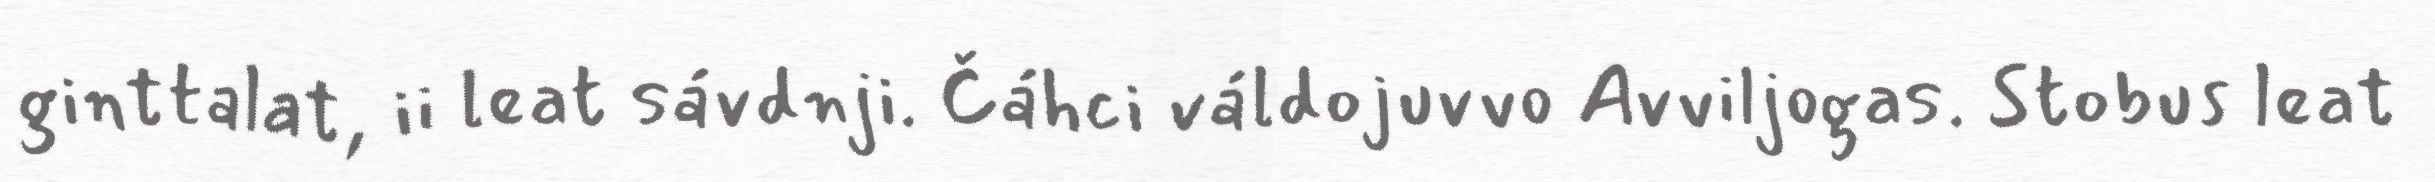
ginttalat, ii leat sávdnji. Čáhci váldojuvvo Avviljogas. Stobus leat